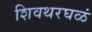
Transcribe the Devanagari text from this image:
शिवथरघळं